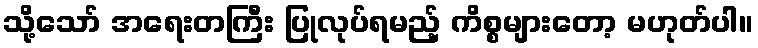
သို့သော် အရေးတကြီး ပြုလုပ်ရမည့် ကိစ္စများတော့ မဟုတ်ပါ။